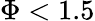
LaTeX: \Phi<1.5